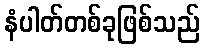
နံပါတ်တစ်ခုဖြစ်သည်